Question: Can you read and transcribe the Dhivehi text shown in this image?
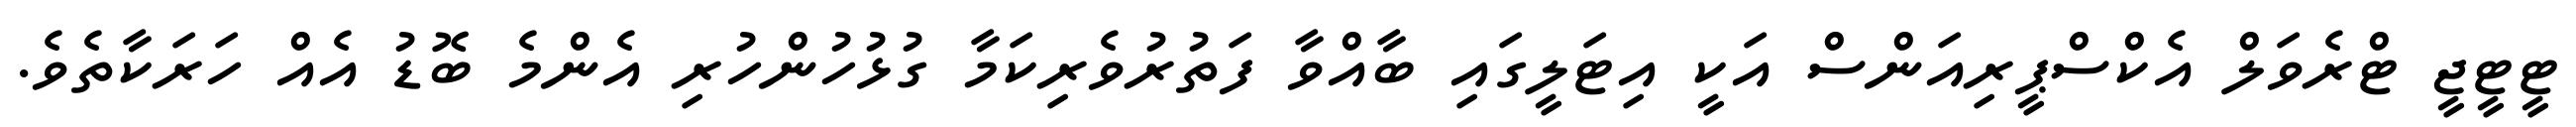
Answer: ޓީޓީޖީ ޓްރެވަލް އެކްސްޕީރިއަންސް އަކީ އިޓަލީގައި ބާއްވާ ފަތުރުވެރިކަމާ ގުޅުހުންހުރި އެންމެ ބޮޑު އެއް ހަރަކާތެވެ.